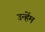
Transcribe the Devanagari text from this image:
उन्हेंम